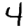
Digit: 4